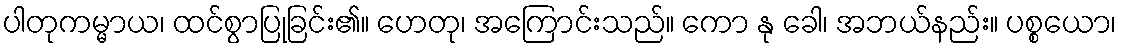
ပါတုကမ္မာယ၊ ထင်စွာပြုခြင်း၏။ ဟေတု၊ အကြောင်းသည်။ ကော နု ခေါ၊ အဘယ်နည်း။ ပစ္စယော၊